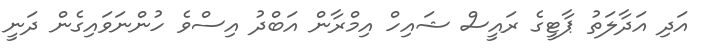
އަދި އަދާލަތު ޕާޓީގެ ރައީސް ޝައިހް އިމްރާން އަބްދު އިސްވެ ހުންނަވައިގެން ދަނީ